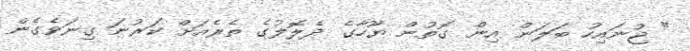
" ޖުނައިހު ބަލަން އިން ގޮތުން ޔޫހާގެ ދެލޮލުގެ ތެރެއަށް ކަރުނަ ގިނަވެގެން